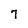
Character: 7